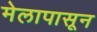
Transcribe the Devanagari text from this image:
मेलापासून